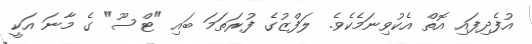
އުފެދިފައި އޮތް އެކުވިނަމެކެވެ. ލަފްޒުގެ ފުރަތަމަ ބައި "ޓްސޫ" ގެ މާނަ އަކީ